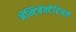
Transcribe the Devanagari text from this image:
ॲन्टिबॅक्‍टेरिअल